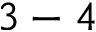
3 - 4